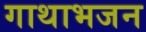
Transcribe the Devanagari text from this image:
गाथाभजन